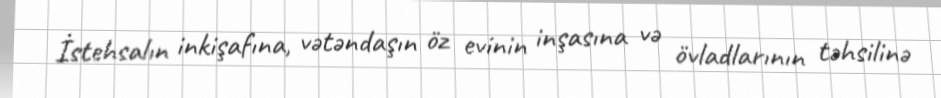
İstehsalın inkişafına, vətəndaşın öz evinin inşasına və övladlarının təhsilinə